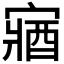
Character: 𫳼